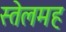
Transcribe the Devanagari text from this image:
स्तेलमह